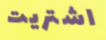
اشتريت